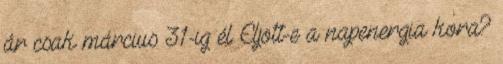
ár csak március 31-ig él Eljött-e a napenergia kora?